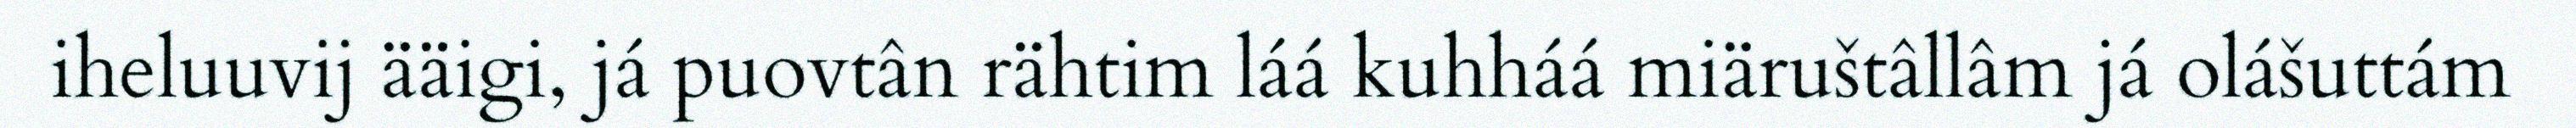
iheluuvij ääigi, já puovtân rähtim láá kuhháá miäruštâllâm já olášuttám